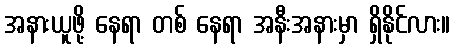
အနားယူဖို့ နေရာ တစ် နေရာ အနီးအနားမှာ ရှိနိုင်လား။